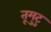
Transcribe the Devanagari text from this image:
तूमुटु